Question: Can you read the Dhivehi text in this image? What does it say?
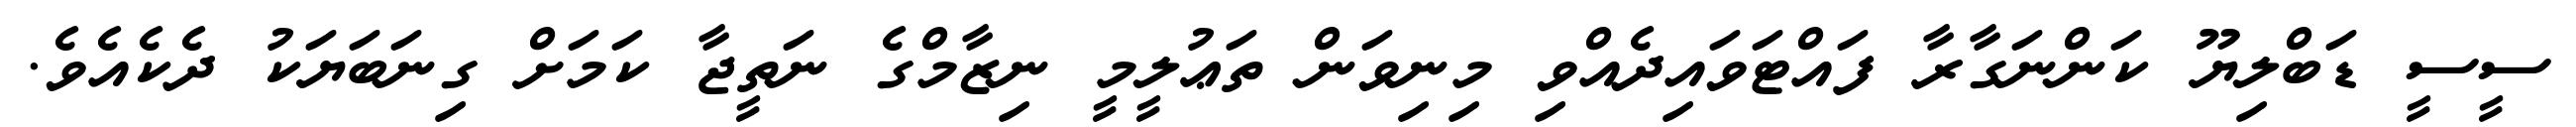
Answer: ސީސީ ޑަބްލިޔޫ ކަންނަގާރާ ފައްޓަވައިދެއްވި މިނިވަން ތަޢުލީމީ ނިޒާމްގެ ނަތީޖާ ކަމަށް ގިނަބަޔަކު ދެކެއެވެ.